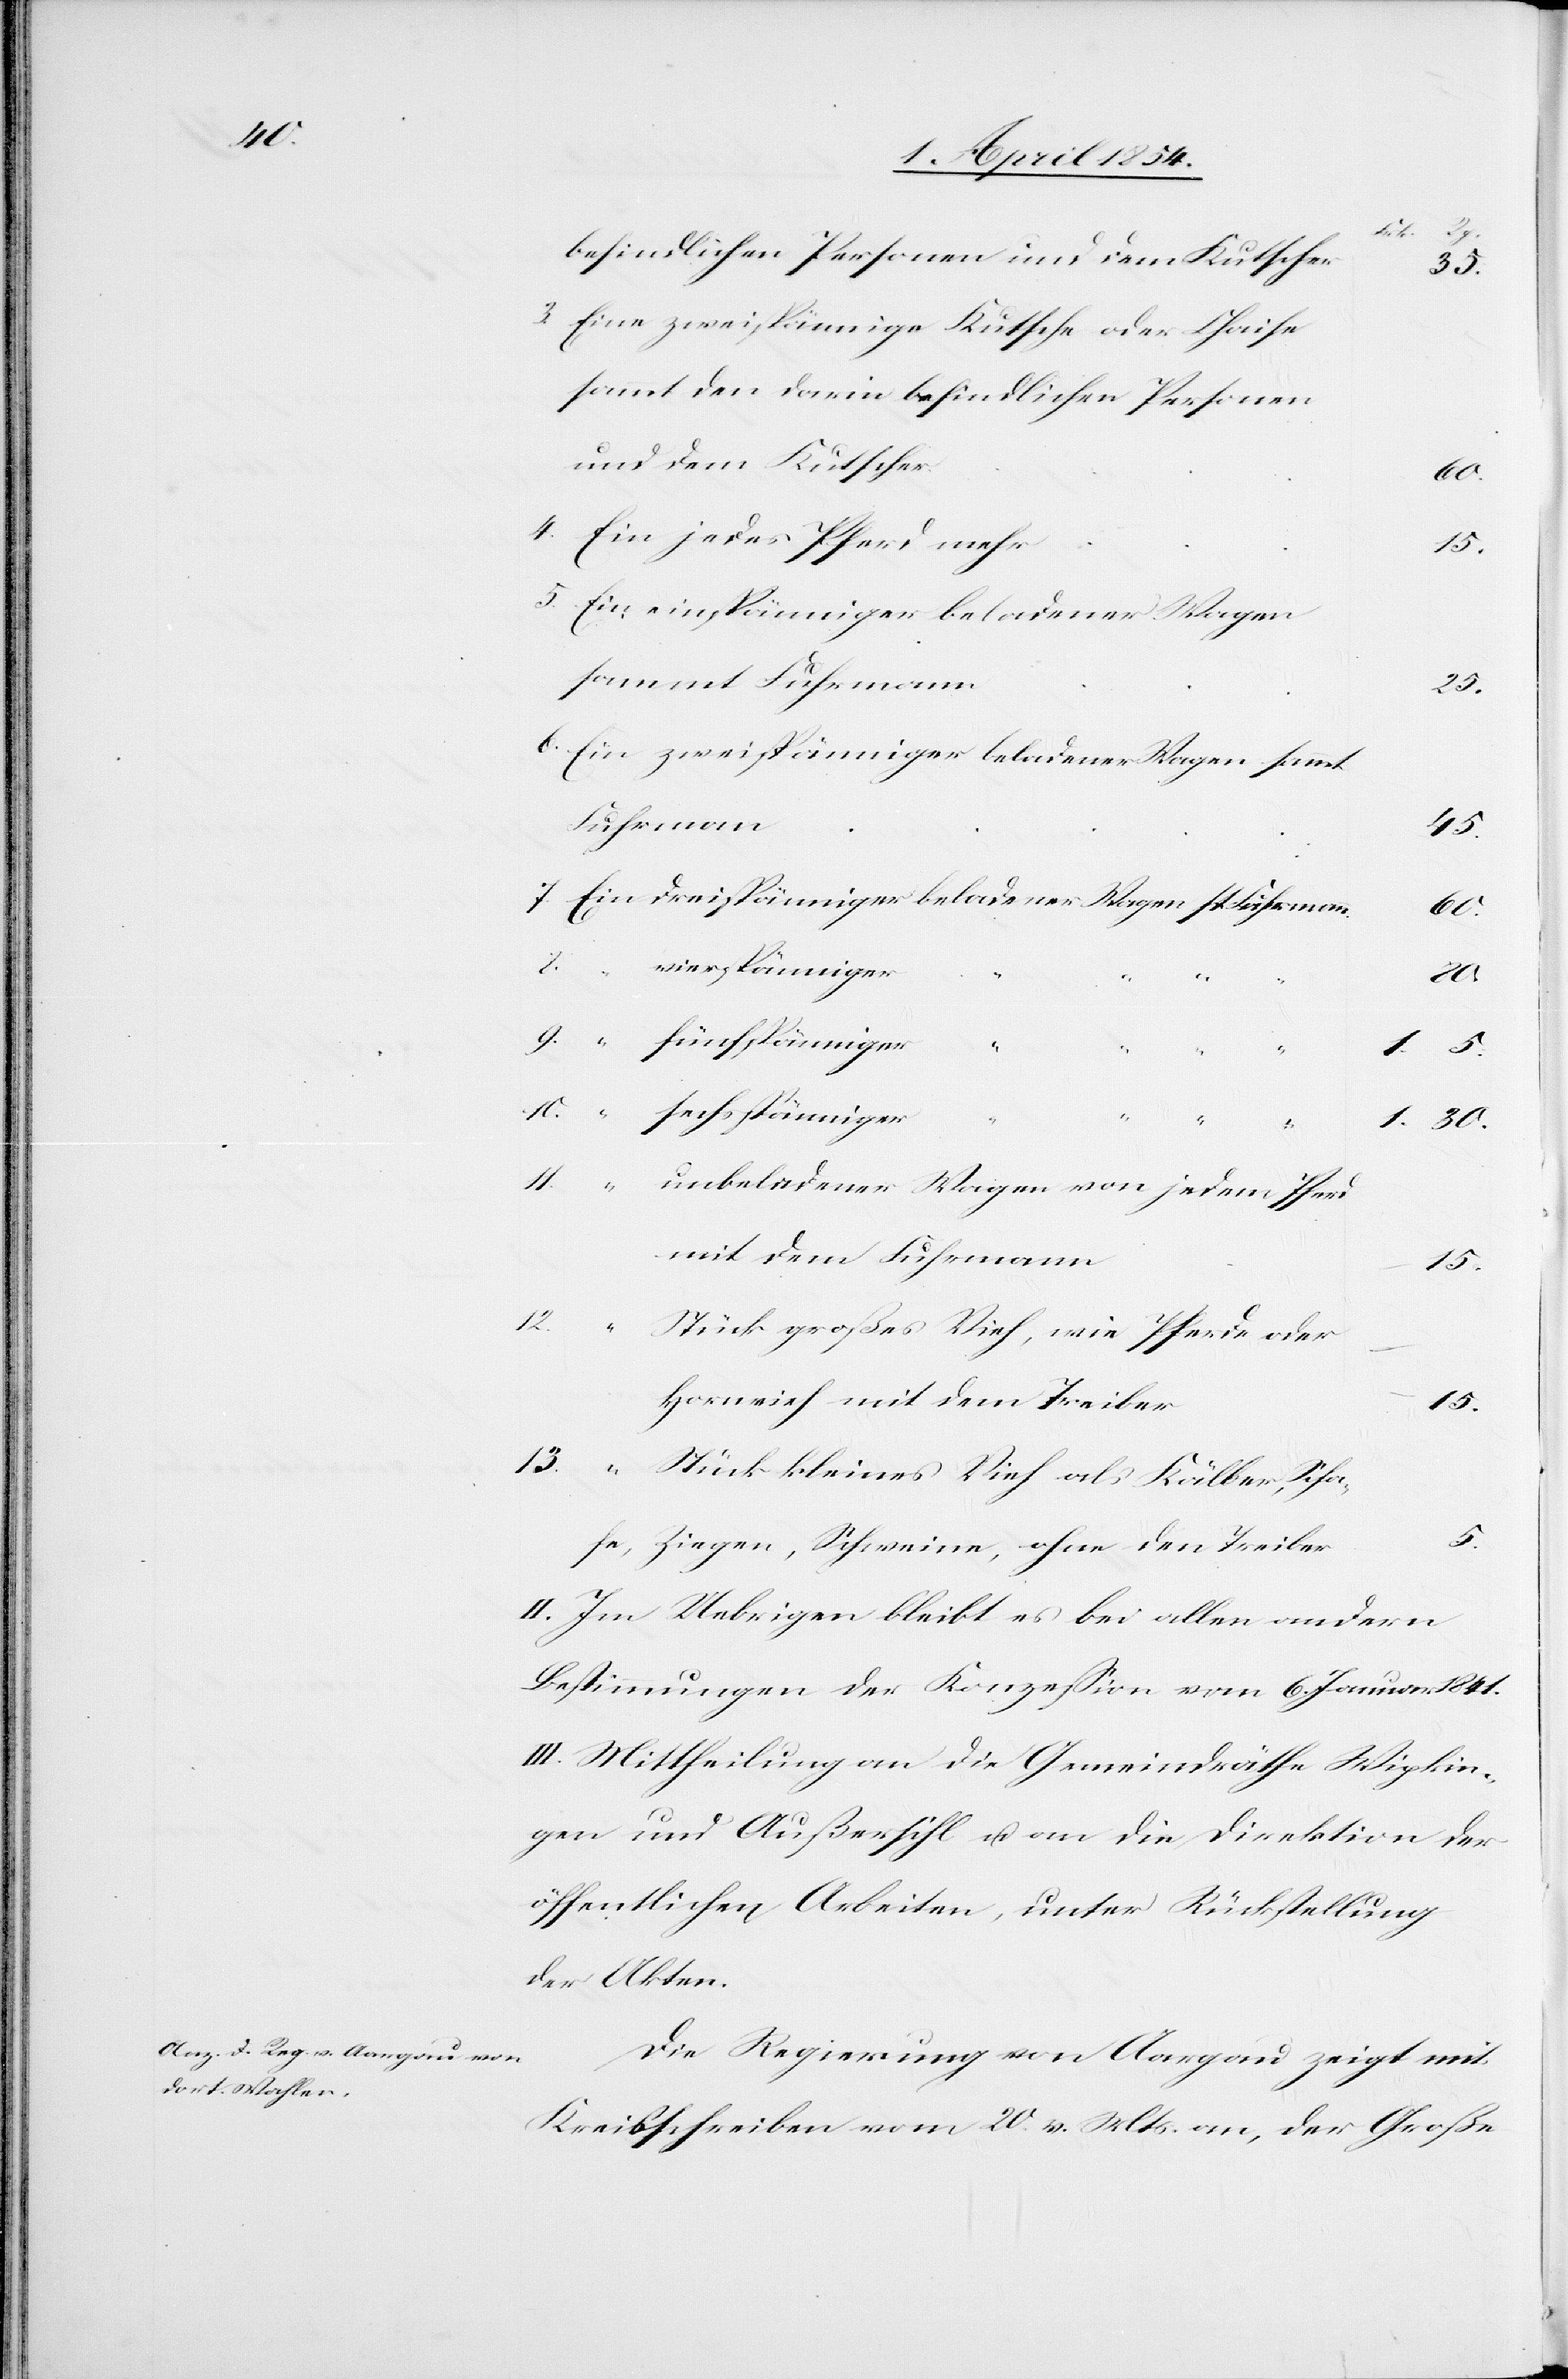
befindlichen Personen und dem Kutscher
3.
Eine zweispännige Kutsche oder Chaise
sammt den darin befindlichen Personen
und dem Kutscher
11.
6.
5.
Ein zweispänniger beladener Wagen sammt
Fuhrmann
5.
8.
Ein
vierspänniger
30.
er
„
„
pännig¬
unbeladener Wagen von jedem Pferd
mit dem Fuhrmann
15.
12.
Stück großes Vieh, wie Pferde oder
Hornvieh mit dem Treiber
13.
Stück kleines Vieh als Kälber, Scha¬
fe, Ziegen, Schweine, ohne den Treiber
II. Im Uebrigen bleibt es bei allen andern
Bestimmungen der Konzeßion vom 6. Januar 1841.
III. Mittheilung an die Gemeindräthe Wipkin¬
gen und Außersihl u. an die Direktion der
öffentlichen Arbeiten, unter Rückstellung
der Akten.
Die Regierung von Aargau zeigt mit
Kreisschreiben vom 20. v. Mts an, der Große